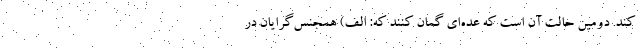
کند. دومین حالت آن است که عده‌ای گمان کنند که: الف) همجنس‌گرایان در